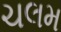
ચલમ